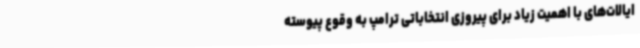
ایالات‌های با اهمیت زیاد برای پیروزی انتخاباتی ترامپ به وقوع پیوسته